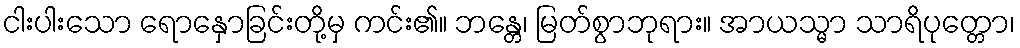
ငါးပါးသော ရောနှောခြင်းတို့မှ ကင်း၏။ ဘန္တေ၊ မြတ်စွာဘုရား။ အာယသ္မာ သာရိပုတ္တော၊